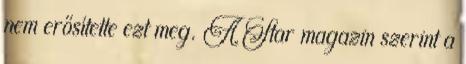
nem erősítette ezt meg. A Star magazin szerint a